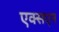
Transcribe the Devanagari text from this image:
एक्सएन